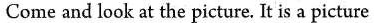
Come and look at the picture. It is a picture